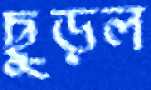
ছুড়ল